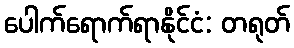
ပေါက်ရောက်ရာနိုင်ငံ: တရုတ်